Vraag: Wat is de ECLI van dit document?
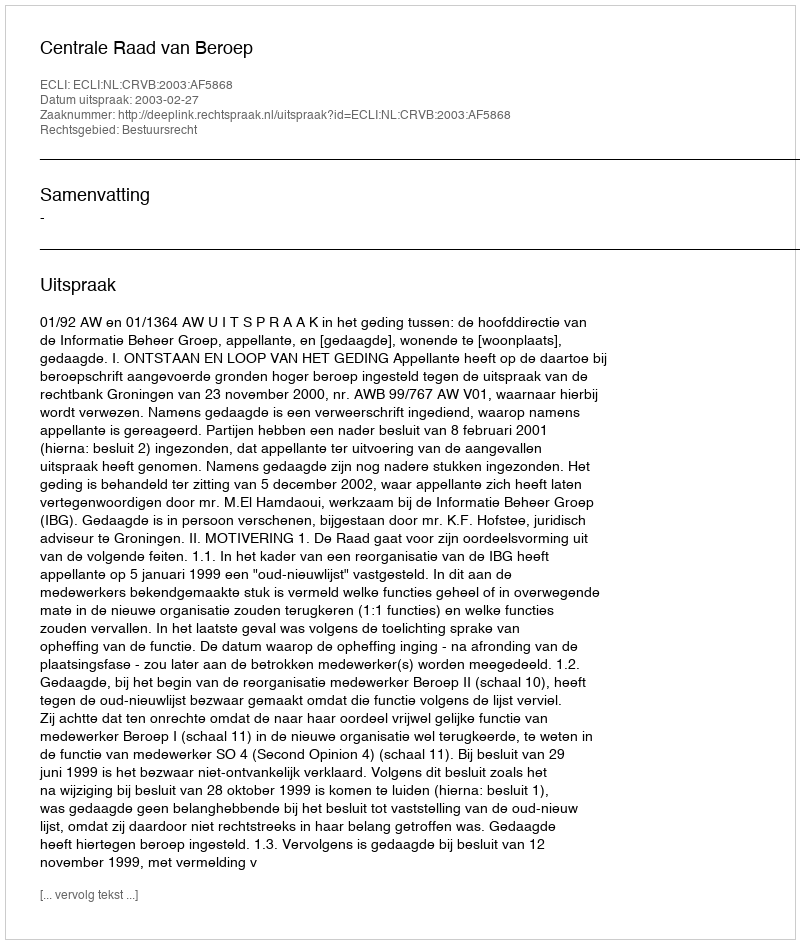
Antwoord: ECLI:NL:CRVB:2003:AF5868